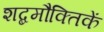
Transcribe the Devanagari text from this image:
शब्दमौक्तिकें